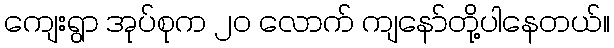
ကျေးရွာ အုပ်စုက ၂၀ လောက် ကျနော်တို့ပါနေတယ်။